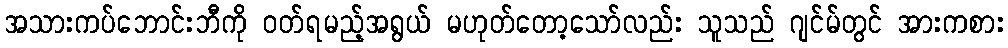
အသားကပ်ဘောင်းဘီကို ဝတ်ရမည့်အရွယ် မဟုတ်တော့သော်လည်း သူသည် ဂျင်မ်တွင် အားကစား